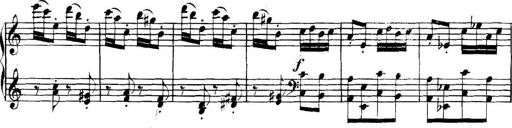
Title: Collected Piano Sonatas
Composer: Muzio Clementi